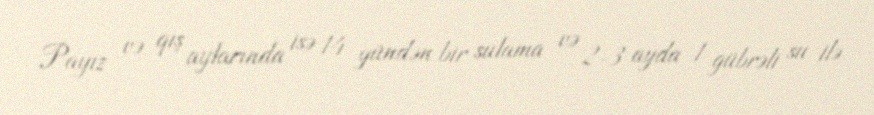
Payız və qış aylarında isə 14 gündən bir sulama və 2-3 ayda 1 gübrəli su ilə